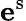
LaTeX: \mathbf{e}^{\mathrm{{s}}}